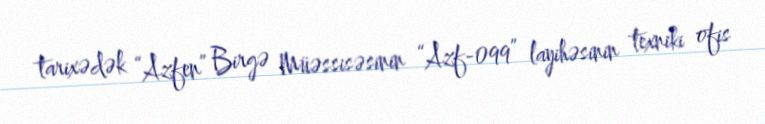
tarixədək “Azfen” Birgə Müəssisəsinin “Azf-099” layihəsinin texniki ofis